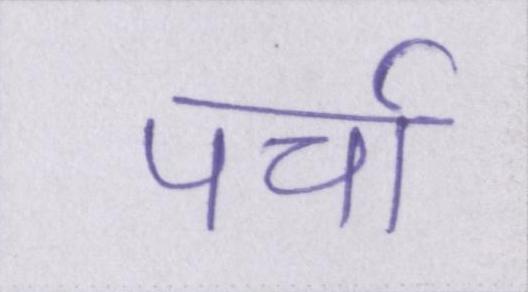
पर्चा